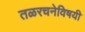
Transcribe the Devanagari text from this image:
तळरचनेविषयी